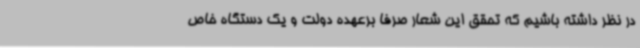
در نظر داشته باشیم که تحقق این شعار صرفا برعهده دولت و یک دستگاه خاص